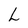
Character: L